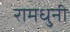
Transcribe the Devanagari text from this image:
रामधुनी